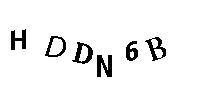
HDDN6B